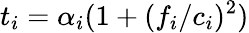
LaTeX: t_{i}=\alpha_{i}(1+(f_{i}/c_{i})^{2})